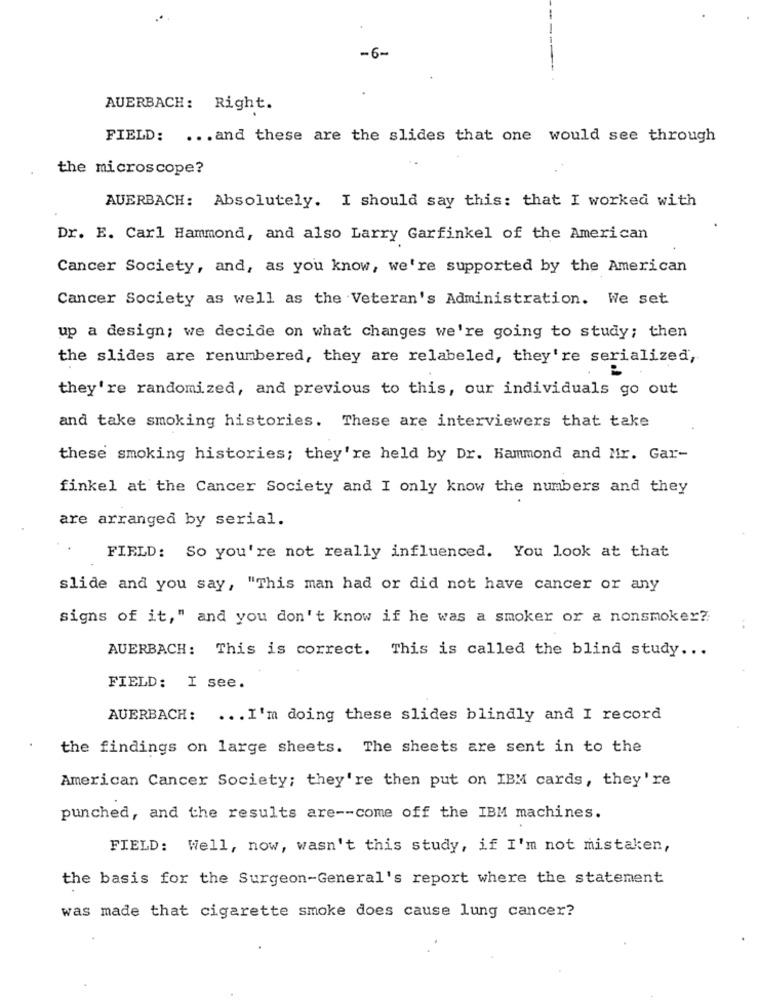
-6-
AUERBACH: Right.
FIELD: ... and these are the slides that one would see through
the microscope?
AUERBACH: Absolutely. I should say this: that I worked with
Dr. E. Carl Hammond, and also Larry Garfinkel of the American
Cancer Society, and, as you know, we're supported by the American
Cancer Society as well as the Veteran's Administration. We set
up a design; we decide on what changes we're going to study; then
the slides are renumbered, they are relabeled, they're serialized,
they're randomized, and previous to this, our individuals go out
and take smoking histories. These are interviewers that take
these smoking histories; they're held by Dr. Hammond and Mr. Gar-
finkel at the Cancer Society and I only know the numbers and they
are arranged by serial.
FIELD: So you're not really influenced. You look at that
slide and you say, "This man had or did not have cancer or any
signs of it," and you don't know if he was a smoker or a nonsmoker ?:
AUERBACH: This is correct. This is called the blind study ...
FIELD: I see.
AUERBACH: ... I'm doing these slides blindly and I record
the findings on large sheets. The sheets are sent in to the
American Cancer Society; they're then put on IBM cards, they're
punched, and the results are -- come off the IBM machines.
FIELD: Well, now, wasn't this study, if I'm not mistaken,
the basis for the Surgeon-General's report where the statement
was made that cigarette smoke does cause lung cancer?